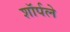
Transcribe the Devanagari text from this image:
शॉर्पले